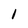
Character: 1